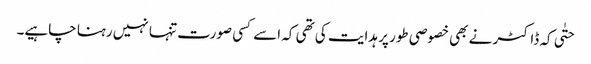
حتٰی کہ ڈاکٹر نے بھی خصوصی طور پر ہدایت کی تھی کہ اسے کسی صورت تنہا نہیں رہنا چاہیے۔